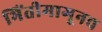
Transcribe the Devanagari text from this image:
भिंतीमागूनच